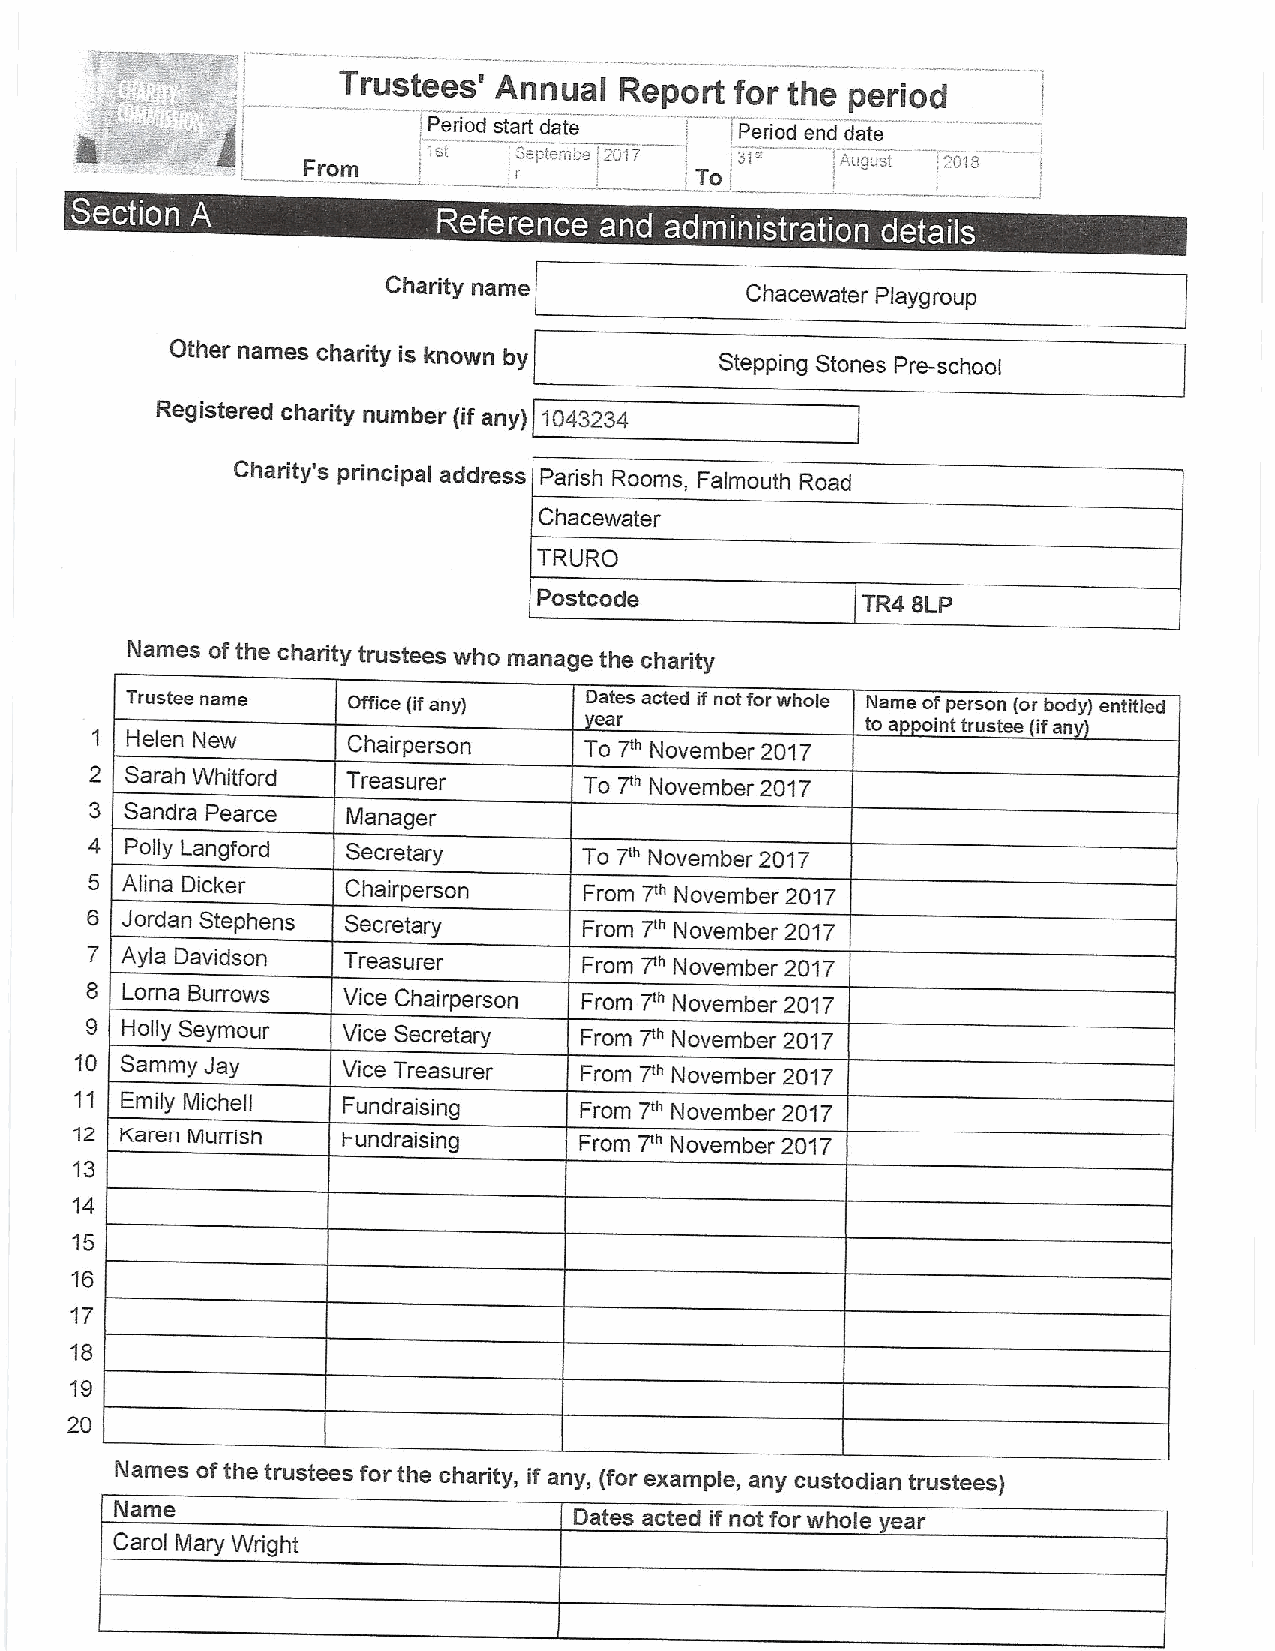
Trustees'
 Annual  Report  for the period
 1st:
 lPeriod start date '2017' Period end date
 i
 From          SePiemi-- ,   ,31    'auausr 12010
 i     l           To I
 s
 e  ~          ~  ~
 Charity name
 Chacewater Playgroup
 Other names charity is known by      Stepping Stones Pre-school
 Registered charity number (if any} 1043234
 Charity's principal address Parish Rooms, Falmouth Road
 Chacewater
 TRURO
 Postcode
 TR4 8LP
 Names ofthe charity trustees who manage the charity
 Trustee name   Office (ifany)  Dates acted ifnot for whole Name ofperson (or body) entitled
 ear               to ap oint trustee ifan
 1 Helen New      Chairperson     To 7a November 2017
 2 Sarah Whitford Treasurer       To T" November 2017
 3 Sandra Pearce  Manager
 4 Polly Langford Secretary       To T" November 2017
 5 Alina Dicker   Chairperson     From T" November 2017
 6 Jordan Stephens Secretary      From T" November 2017
 7
 Ayla Davidson  Treasurer       From T" November 2017
 8 Lorna Burrows  Vice Chairperson From T" November 2017
 9 Holly Seymour  Vice Secretary From T" November 2017
 10 Sammy Jay      Vice Treasurer From 7" November 2017
 11 Emily Michell  Fundraising    From 7'" November 2017
 12 Karen Mumsn    Fundraising    From T" November 2017
 13
 14
 15
 16
 17
 18
 19
 20
 Names ofthe trustees for the charity, if any, (for example, any custodian trustees}
 Name                          Dates acted if not for whole year
 Carol Mary Wright